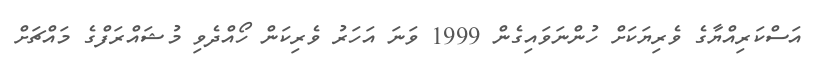
އަސްކަރިއްޔާގެ ވެރިޔަކަށް ހުންނަވައިގެން 1999 ވަނަ އަހަރު ވެރިކަން ހޯއްދެވި މުޝައްރަފްގެ މައްޗަށް